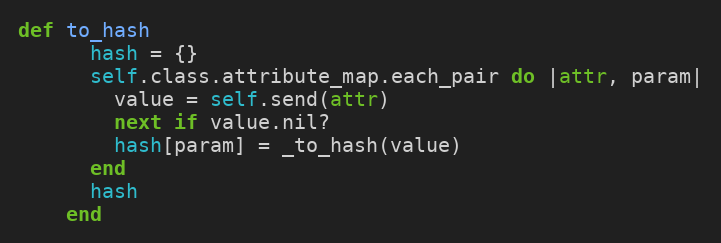
Language: Ruby
def to_hash
      hash = {}
      self.class.attribute_map.each_pair do |attr, param|
        value = self.send(attr)
        next if value.nil?
        hash[param] = _to_hash(value)
      end
      hash
    end